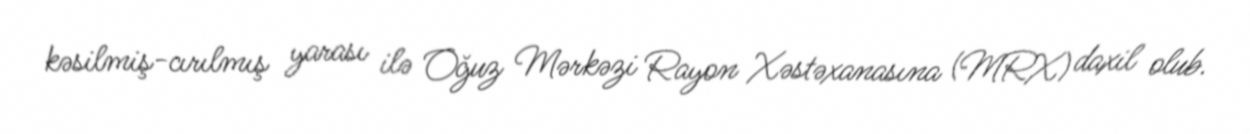
kəsilmiş-cırılmış yarası ilə Oğuz Mərkəzi Rayon Xəstəxanasına (MRX) daxil olub.